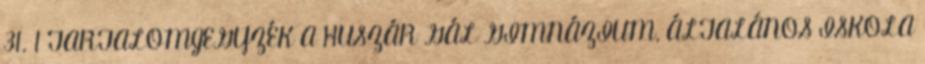
31. 1 TARTALOMJEGYZÉK A HUSZÁR GÁL GIMNÁZIUM, ÁLTALÁNOS ISKOLA